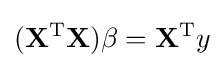
(\mathbf {X} ^{\rm {T}}\mathbf {X} )\beta =\mathbf {X} ^{\rm {T}}y